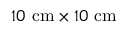
1 0 \ \mathrm { c m } \times 1 0 \ \mathrm { c m }